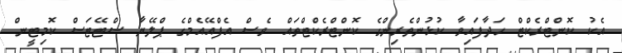
އެކު ކޮންޓްރެެކްޓް ހަދާފައިވާ ކުޅުންތެރިންގެ ކޮންޓްރެކްޓްތައް ވެސް އެފްއޭއެމްގެ ޕްލޭޔާ ސްޓޭޓަސް ކޮމިޓީން